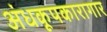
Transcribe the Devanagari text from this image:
अंधकूपकारागार